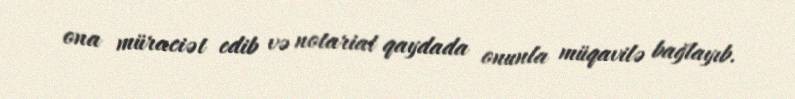
ona müraciət edib və notariat qaydada onunla müqavilə bağlayıb.